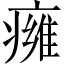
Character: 㿈